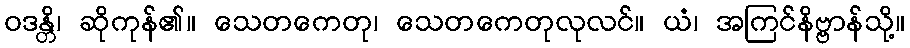
ဝဒန္တိ၊ ဆိုကုန်၏။ သေတကေတု၊ သေတကေတုလုလင်။ ယံ၊ အကြင်နိဗ္ဗာန်သို့။